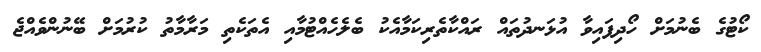
ކޯޓުގެ ބެނުމަށް ހޯދިފައިވާ އުޅަނދުތައް ރައްކާތެރިކަމާއެކު ބެލެހެއްޓުމާއި އެތަކެތި މަރާމާތު ކުރުމަށް ބޭނުންވެއްޖެ